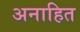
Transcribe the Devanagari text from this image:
अनाहित